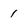
Character: 1